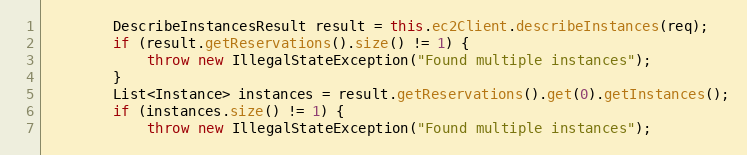
Language: Java
        DescribeInstancesResult result = this.ec2Client.describeInstances(req);
        if (result.getReservations().size() != 1) {
            throw new IllegalStateException("Found multiple instances");
        }
        List<Instance> instances = result.getReservations().get(0).getInstances();
        if (instances.size() != 1) {
            throw new IllegalStateException("Found multiple instances");